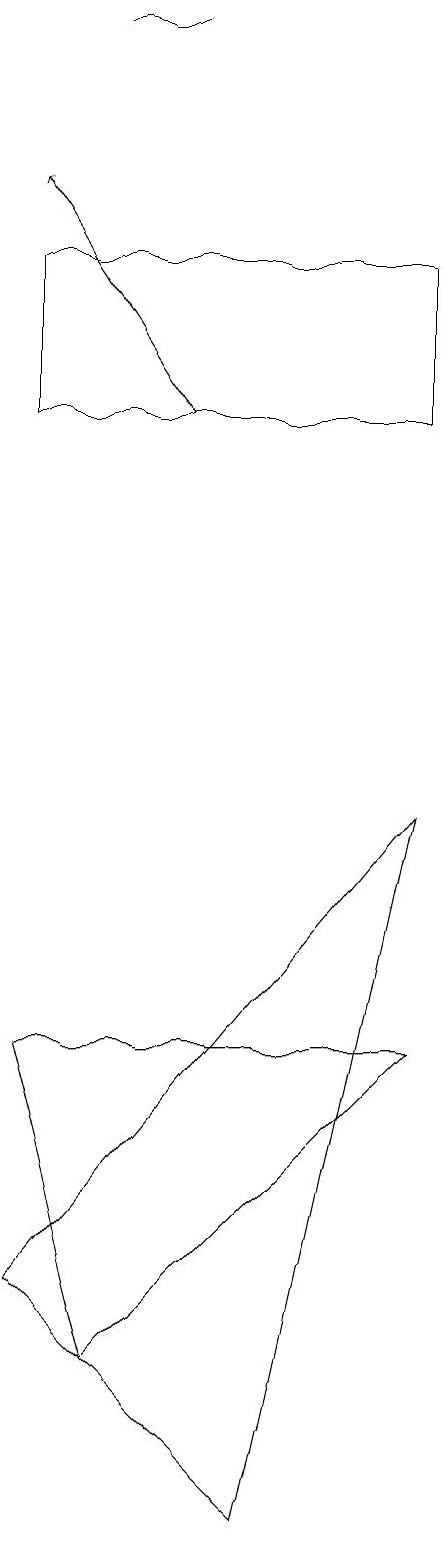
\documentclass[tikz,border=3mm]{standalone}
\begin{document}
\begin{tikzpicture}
\draw (4,3) -- (9,9) -- (7,0) -- cycle;
\draw (4,14) rectangle (9,16);
\draw[->] (6,14) -- (4,17);
\draw (5,19) rectangle (6,19);
\draw (5,2) -- (4,6) -- (9,6) -- cycle;
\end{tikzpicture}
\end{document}